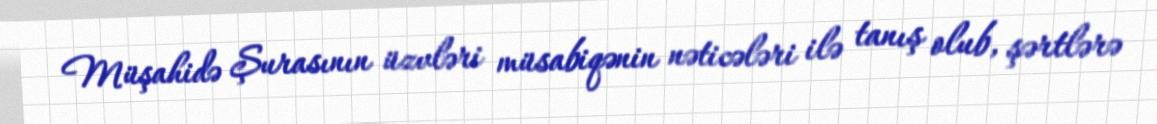
Müşahidə Şurasının üzvləri müsabiqənin nəticələri ilə tanış olub, şərtlərə